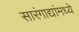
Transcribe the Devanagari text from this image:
सारंगाद्यांमध्ये